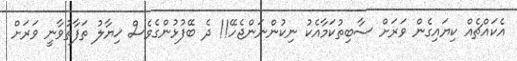
އެކައްޗެއް ކިޔައިގެން ވަރަށް ސާބިތުކަމާއެކު ނިކުންނަންޖެހޭ!! ދެ ބޭފުޅުންގެވެސް ޚިޔާލު ތަފާތުވާނީ ވަރަށް